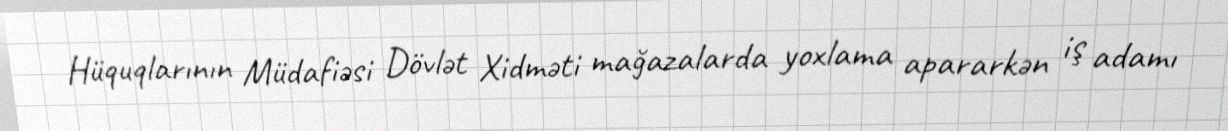
Hüquqlarının Müdafiəsi Dövlət Xidməti mağazalarda yoxlama apararkən iş adamı